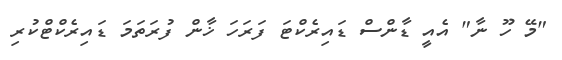
"މޭ ހޫ ނާ" އެއީ ޑާންސް ޑައިރެކްޓަ ފަރަހަ ޚާން ފުރަތަމަ ޑައިރެކްޓްކުރި